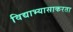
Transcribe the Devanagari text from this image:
विद्याभ्यासाकरता